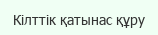
Кілттік қатынас құру